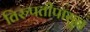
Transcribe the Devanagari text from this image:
तिरुपतीपासून